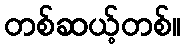
တစ်ဆယ့်တစ်။